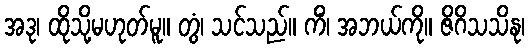
အဒု၊ ထိုသို့မဟုတ်မူ။ တွံ၊ သင်သည်။ ကိံ၊ အဘယ်ကို။ ဇိဂိသသိနု၊